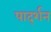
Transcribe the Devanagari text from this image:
पार्द्शन